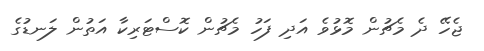
ޖެހޭ ދެ މެޗުން މޮޅުވެ އަދި ފަހު މެޗުން ކޮސްޓަރިކާ އަތުން ލަނޑުގެ